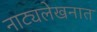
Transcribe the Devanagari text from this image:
नाट्यलेखनात